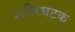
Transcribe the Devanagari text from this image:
शरीरघटक